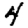
Digit: 4